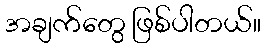
အချက်တွေ ဖြစ်ပါတယ်။